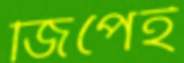
জিপেই